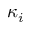
\kappa _ { i }